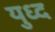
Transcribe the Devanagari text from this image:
युध्‍द